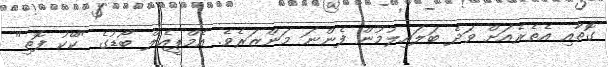
ގޮތާއި އެތެރެއަށް ވަދެ ބަލައިލުމުން ފެންނަ މަންޒަރެވެ. އެމްޕީއެލް ބޯޑުގެ "ކޭކު ފޮތި"